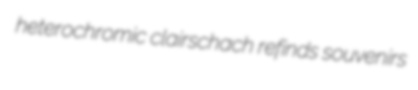
heterochromic clairschach refinds souvenirs